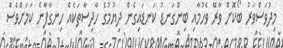
މިދުވަސްވަރު ބޯކޮށް ވާރޭ ވެހުމާއި ބިންގަނޑު ކަނޑައިގެން ދިޔުމުގެ ހާދިސާތަކެއް ހިނގާފާނެ ކަމަށްވެސް